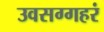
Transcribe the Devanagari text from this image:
उवसग्गहरं